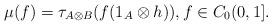
LaTeX: \begin{align*}\mu(f)=\tau_{A\otimes B}(f(1_A\otimes h)),f\in C_0(0,1].\end{align*}